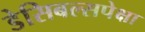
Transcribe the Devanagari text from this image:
डेसिबल्सपेक्षा